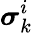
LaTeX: {\boldsymbol{\sigma}}_{k}^{i}